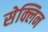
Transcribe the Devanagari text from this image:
सेक्लिन